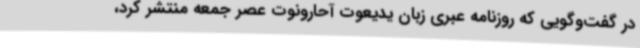
در گفت‌وگویی که روزنامه عبری زبان یدیعوت آحارونوت عصر جمعه منتشر کرد،